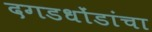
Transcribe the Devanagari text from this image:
दगडधोंडांचा